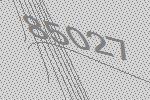
85027